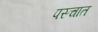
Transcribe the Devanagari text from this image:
पस्चात